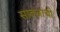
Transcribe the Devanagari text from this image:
सावजाची